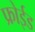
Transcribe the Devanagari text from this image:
फ्रोईड